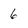
Character: 6